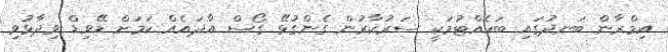
އިމްރާން ބަނދުގައި ބަހެއްޓުމަކީ ސަރުކާރުން ގެންގުޅޭ ގޯސް އާދައެއް ކަމަށް ޑޭވިޑް ވިދާޅުވި